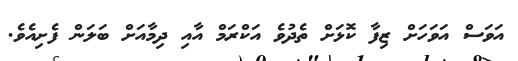
އަވަސް އަވަހަށް ޒިފާ ކޮޅަށް ތެދުވެ އަކްރަމް އާއި ދިމާއަށް ބަލަން ފެށިއެވެ.